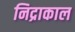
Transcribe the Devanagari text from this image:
निद्राकाल